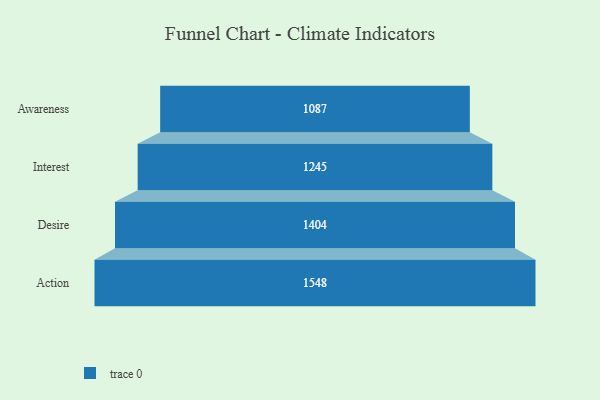
{"axis": {"x": "Stage", "y": "Value"}, "legend": [""], "data": [{"x": "Awareness", "y": 1087.0, "type": ""}, {"x": "Interest", "y": 1245.0, "type": ""}, {"x": "Desire", "y": 1404.0, "type": ""}, {"x": "Action", "y": 1548.0, "type": ""}]}